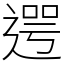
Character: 遌